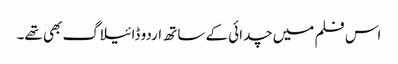
اس فلم میں چدائی کے ساتھ اردو ڈائیلاگ بھی تھے۔